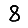
Digit: 8